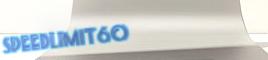
SpeedLimit60